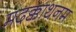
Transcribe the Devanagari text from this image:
मदक्काथनम